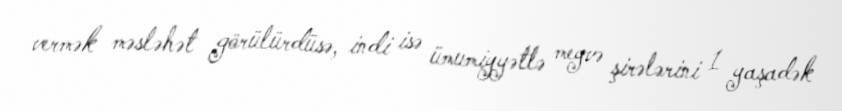
vermək məsləhət görülürdüsə, indi isə ümumiyyətlə meyvə şirələrini 1 yaşadək